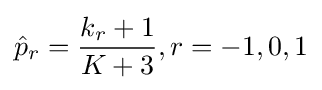
{\hat {p}}_{r}={\frac {k_{r}+1}{K+3}},r=-1,0,1